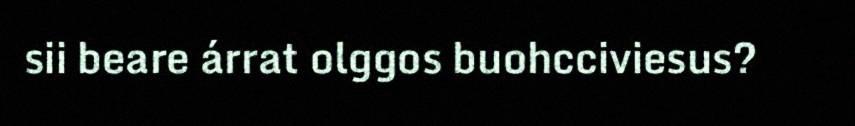
sii beare árrat olggos buohcciviesus?